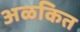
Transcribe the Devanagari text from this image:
अळकित